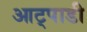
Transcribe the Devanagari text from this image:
आट्पाडी